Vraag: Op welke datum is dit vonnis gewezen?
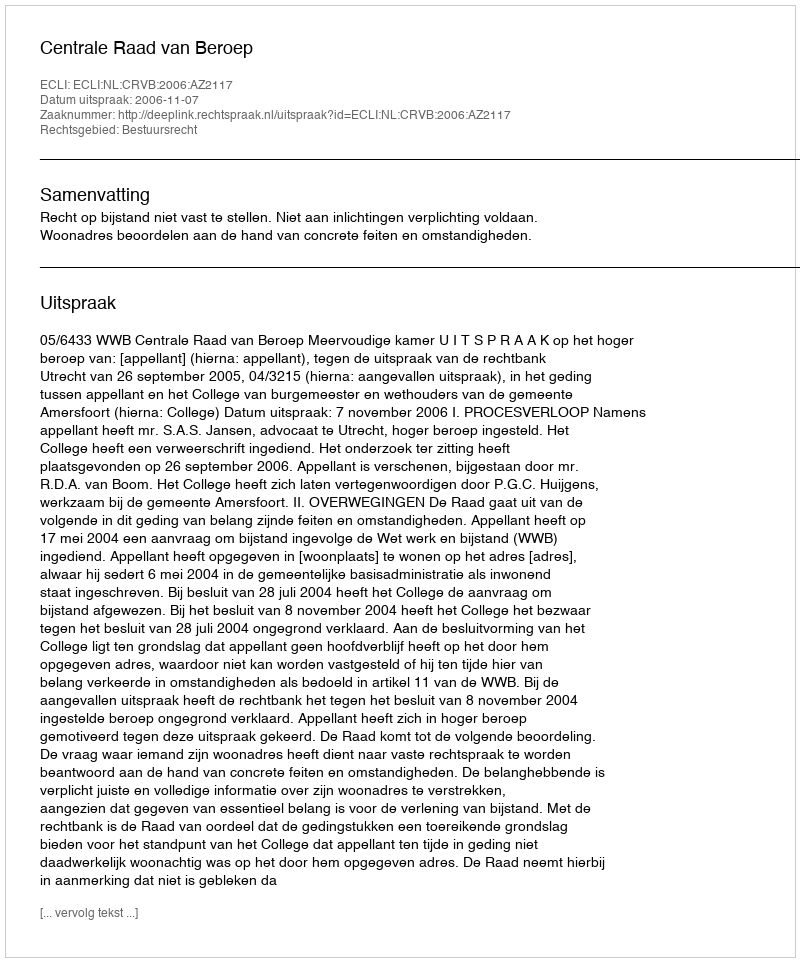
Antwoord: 2006-11-07